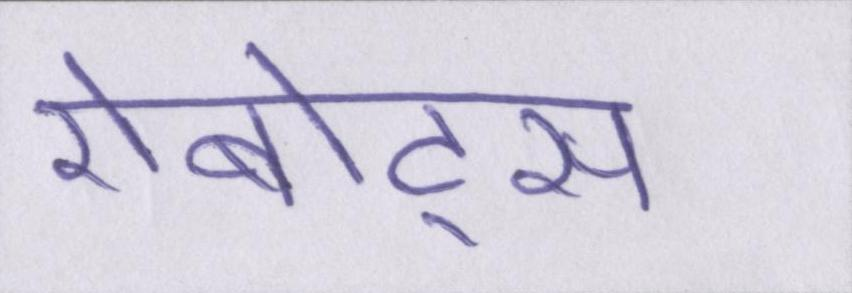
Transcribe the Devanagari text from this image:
रोबोट्स